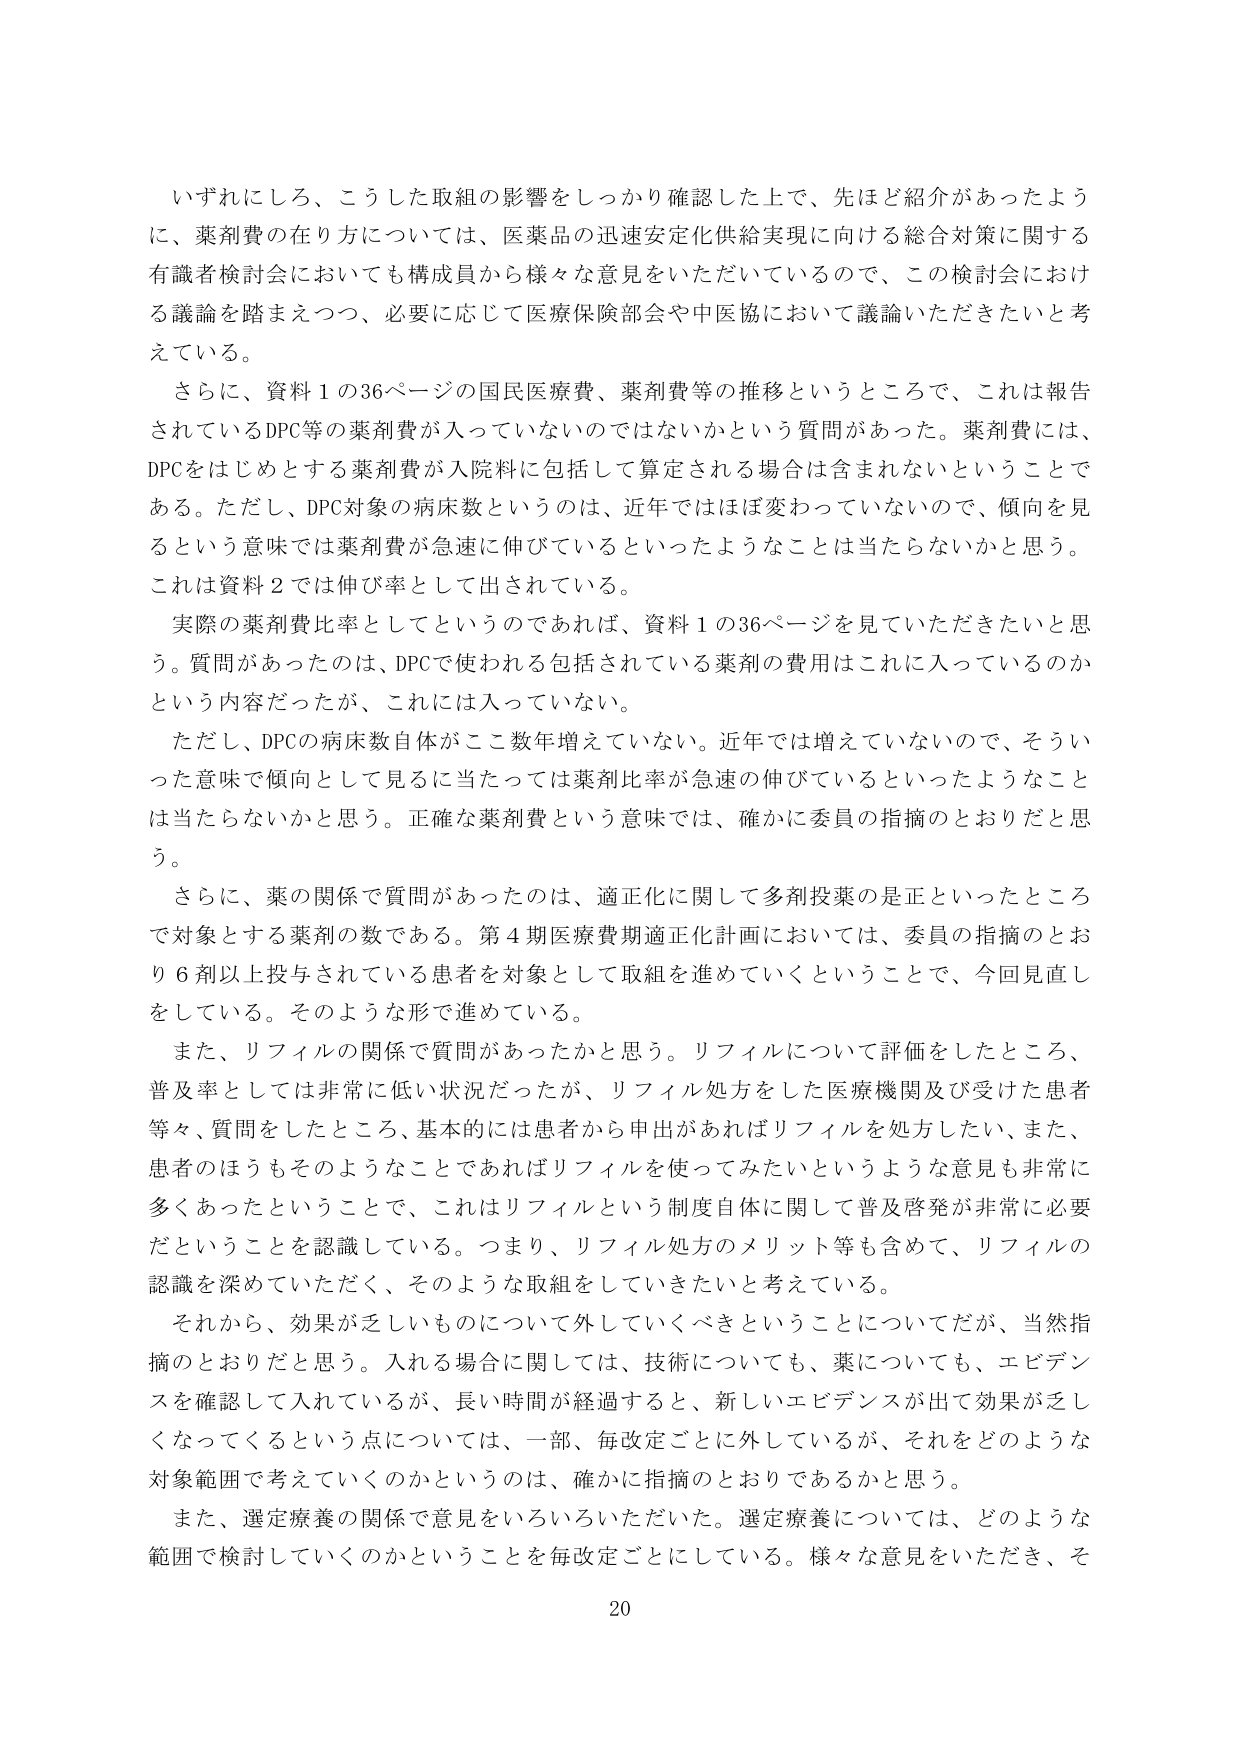
いずれにしろ、こうした取組の影響をしっかり確認した上で、先ほど紹介があったように、薬剤費の在り方については、医薬品の迅速安定化供給実現に向ける総合対策に関する有識者検討会においても構成員から様々な意見をいただいているので、この検討会における議論を踏まえつつ、必要に応じて医療保険部会や中医協において議論いただきたいと考えている。

さらに、資料１の36ページの国民医療費、薬剤費等の推移というところで、これは報告されているDPC等の薬剤費が入っていないのではないかという質問があった。薬剤費には、DPCをはじめとする薬剤費が入院料に包括して算定される場合は含まれないということである。ただし、DPC対象の病床数というのは、近年ではほぼ変わっていないので、傾向を見るという意味では薬剤費が急速に伸びているといったようなことは当たらないかと思う。これは資料２では伸び率として出されている。

実際の薬剤費比率としてというのであれば、資料１の36ページを見ていただきたいと思う。質問があったのは、DPCで使われる包括されている薬剤の費用はこれに入っているのかという内容だったが、これには入っていない。

ただし、DPCの病床数自体がここ数年増えていない。近年では増えていないので、そういった意味で傾向として見るに当たっては薬剤比率が急速の伸びているといったようなことは当たらないかと思う。正確な薬剤費という意味では、確かに委員の指摘のとおりだと思う。

さらに、薬の関係で質問があったのは、適正化に関して多剤投薬の是正といったところで対象とする薬剤の数である。第４期医療費期適正化計画においては、委員の指摘のとおり６剤以上投与されている患者を対象として取組を進めていくということで、今回見直しをしている。そのような形で進めている。

また、リフィルの関係で質問があったかと思う。リフィルについて評価をしたところ、普及率としては非常に低い状況だったが、リフィル処方をした医療機関及び受けた患者等々、質問をしたところ、基本的には患者から申出があればリフィルを処方したい、また、患者のほうもそのようなことであればリフィルを使ってみたいというような意見も非常に多くあったということで、これはリフィルという制度自体に関して普及啓発が非常に必要だということを認識している。つまり、リフィル処方のメリット等も含めて、リフィルの認識を深めていただく、そのような取組をしていきたいと考えている。

それから、効果が乏しいものについて外していくべきということについてだが、当然指摘のとおりだと思う。入れる場合に関しては、技術についても、薬についても、エビデンスを確認して入れているが、長い時間が経過すると、新しいエビデンスが出て効果が乏しくなってくるという点については、一部、毎改定ごとに外しているが、それをどのような対象範囲で考えていくのかというのは、確かに指摘のとおりであるかと思う。

また、選定療養の関係で意見をいろいろいただいた。選定療養については、どのような範囲で検討していくのかということを毎改定ごとにしている。様々な意見をいただき、そ

20